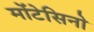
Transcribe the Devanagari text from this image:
मोंटेसिनो